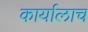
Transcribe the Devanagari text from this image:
कार्यालाच